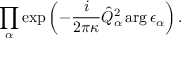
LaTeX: \prod _ { \alpha } \exp \left( - \frac { i } { 2 \pi \kappa } \hat { Q } _ { \alpha } ^ { 2 } \arg \epsilon _ { \alpha } \right) .